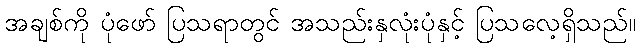
အချစ်ကို ပုံဖော် ပြသရာတွင် အသည်းနှလုံးပုံနှင့် ပြသလေ့ရှိသည်။